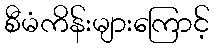
စီမံကိန်းများကြောင့်